Civil Veterinary Dept. North-West Frontier Province 1933-46 - 1933-1946
Year: 1933
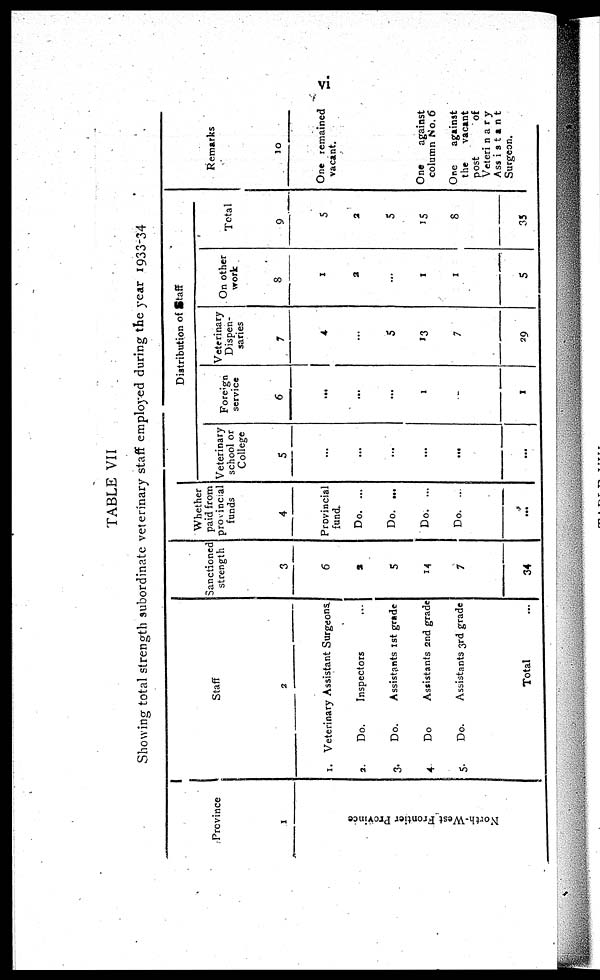
vi
TABLE VII
Showing total strength subordinate veterinary staff employed during the year 1933-34
Province
1
North-West Fr ont i
er Province
Staff
2
1. Veterinary Assistant Surgeons.
2.
Do.
Inspectors ...
3.
Do.
Assistants 1st grade
4.
Do
Assistants 2nd grade
5.
Do.
Assistants 3rd grade
Total ...
Sanctioned
strength
3
6
2
5
14
7
34
Whether
paid from
provincial
funds
4
Provincial
fund
Do. ...
Do. ...
Do. ...
Do. ...
...
Distribution of Staff
Veterinary
school or
College
5
...
...
...
...
...
Foreign
service
6
...
...
1
-
1
Veterinary
Dispen-
saries
7
4
...
5
13
7
29
On other
work
8
1
2
...
1
1
5
Total
9
5
2
5
15
8
35
Remarks
10
One remained
vacant.
One
against
column No. 6
One
against
the
vacant
post
of
Veterinary
Surgeon.